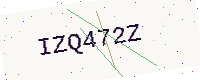
Text: IZQ472Z